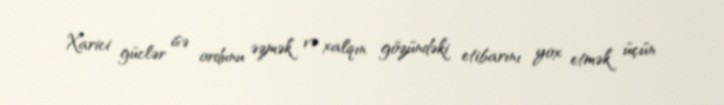
Xarici güclər isə ordunu əzmək və xalqın gözündəki etibarını yox etmək üçün